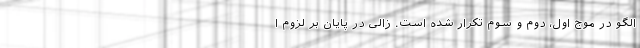
الگو در موج اول، دوم و سوم تکرار شده است. زالی در پایان بر لزوم ا